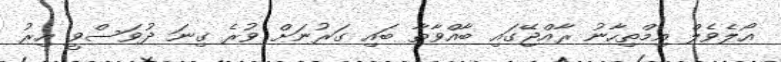
އޯލެވެލް އިމްތިހާނު ރާއްޖޭގައި ބާއްވާތާ ބައި ގަރުނަށް ވުރެ ގިނަ ދުވަސްވީ އިރު